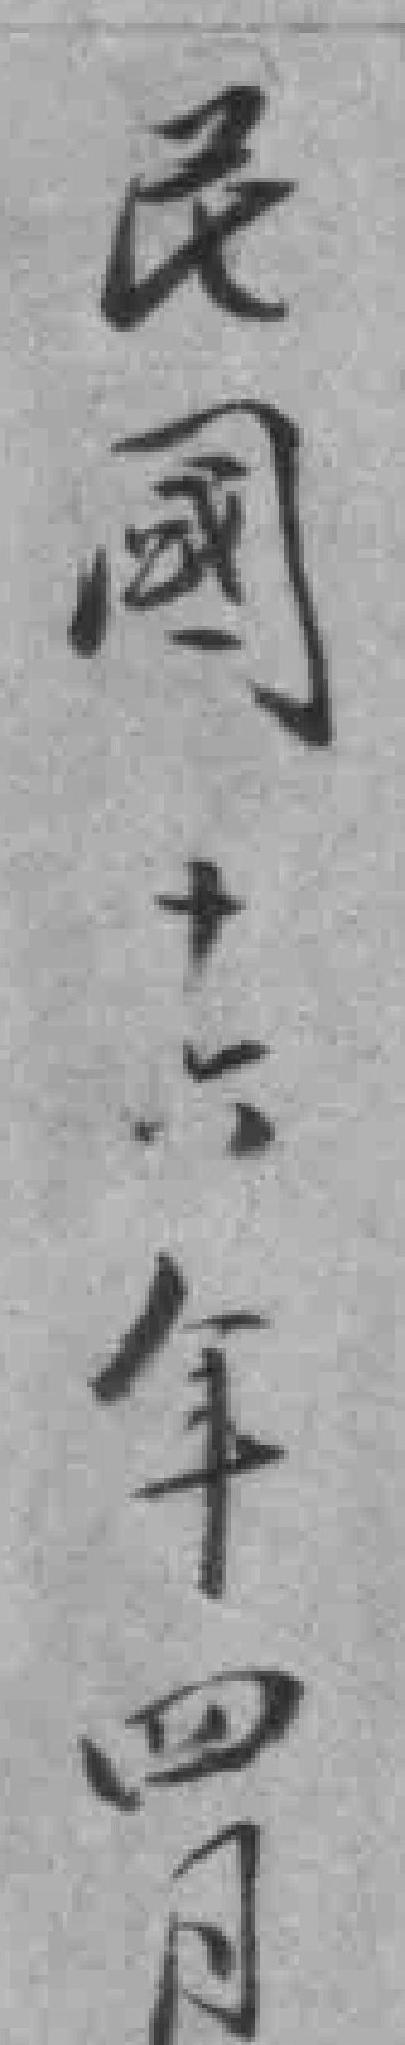
民國十六年四月